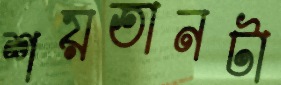
শয়তানটা